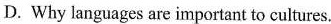
D. Why languages are important to cultures.